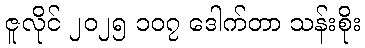
ဇူလိုင် ၂၀၂၅ ၁၀၇ ဒေါက်တာ သန်းစိုး